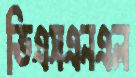
ভিএসএনএল